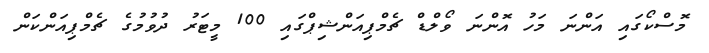
މޮސްކޯގައި އަންނަ މަހު އޮންނަ ވޯލްޑް ޗެމްޕިއަންޝިޕްގައި 100 މީޓަރު ދުވުމުގެ ޗެމްޕިއަންކަން